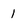
Character: 1